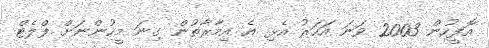
އޮފީހުން 2003 ވަނަ އަހަރު އެޅި އެ އިމާރާތުން ގިނަ މީހުންނަށް ފްލެޓް